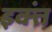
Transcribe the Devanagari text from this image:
इक्तं